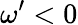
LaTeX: \omega^{\prime}<0